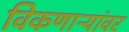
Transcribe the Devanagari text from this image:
विकणाऱ्यांवर